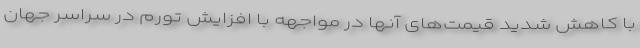
با کاهش شدید قیمت‌های آنها در مواجهه با افزایش تورم در سراسر جهان